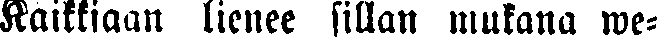
Kaikkiaan lienee sillan mukana we-